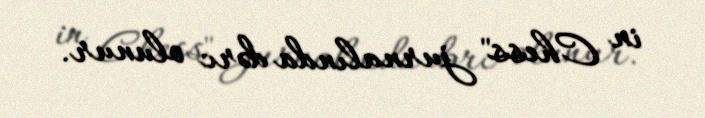
in Chess" jurnalında dərc olunur.